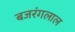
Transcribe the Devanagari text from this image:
बजरंगलाल